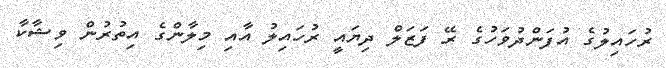
ރުހައިލުގެ އުފަންދުވަހުގެ ރޭ ފަޒަލް ދިޔައީ ރުހައިލު އާއި މިލާންގެ އިތުރުން ވިޝާކާ